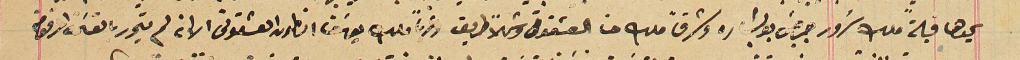
يحدها قبلةً ملك سَرور جرجسَ بولس وشرقاً ملك حنا العشقوتى وشمالاً طريق وغرباً ملك يوسَف انطون العشقوتى الا انه لم يتحرر بالقسَمة المرقومة